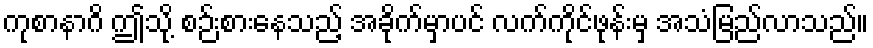
ကုစာနာဂိ ဤသို့ စဉ်းစားနေသည့် အခိုက်မှာပင် လက်ကိုင်ဖုန်းမှ အသံမြည်လာသည်။